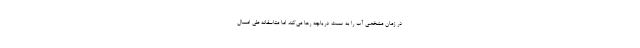
در زمان مشخصی آب را به سمت دریاچه رها می‌کند اما متاسفانه طی امسال